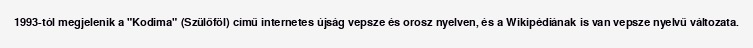
1993-tól megjelenik a "Kodima" (Szülőföl) című internetes újság vepsze és orosz nyelven, és a Wikipédiának is van vepsze nyelvű változata.